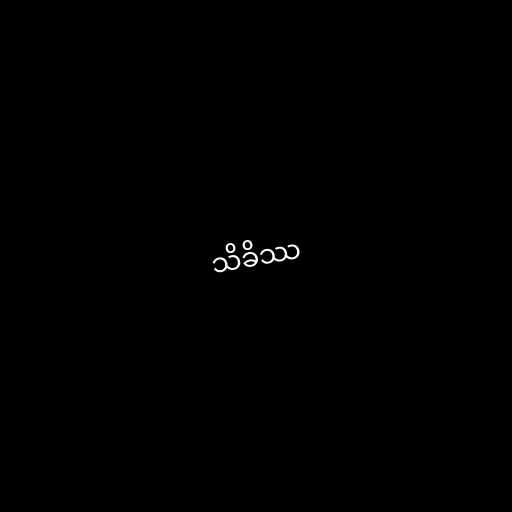
သိခိဿ